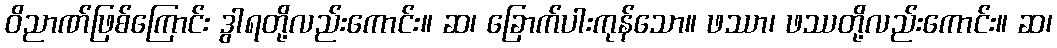
ဝိညာဏ်ဖြစ်ကြောင်း ဒွါရတို့လည်းကောင်း။ ဆ၊ ခြောက်ပါးကုန်သော။ ဖဿာ၊ ဖဿတို့လည်းကောင်း။ ဆ၊